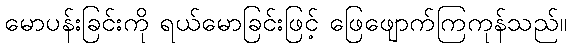
မောပန်းခြင်းကို ရယ်မောခြင်းဖြင့် ဖြေဖျောက်ကြကုန်သည်။